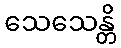
သေသေန္တိ